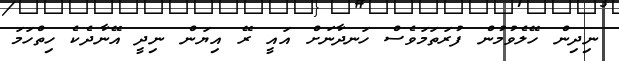
ނިދިން ހޭލެވުމުން ފުރަތަމަވެސް ހަނދާނަށް އައީ ރޭ އިޔަން ނިދީ އޭނާދެކެ ހިތްހަމަ